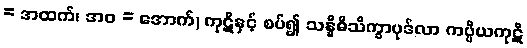
= အထက်၊ အဝ = အောက်) ကုဋိနှင့် စပ်၍ သန္နိဓိသိက္ခာပုဒ်လာ ကပ္ပိယကုဋိ